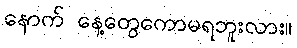
နောက် နေ့တွေကောမရဘူးလား။